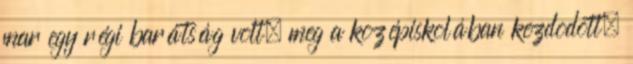
mar egy régi barátság volt, meg a kozépiskolában kezdodott,